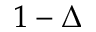
1 - \Delta